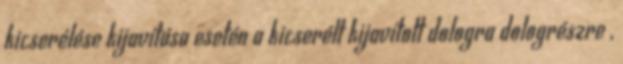
kicserélése kijavítása esetén a kicserélt kijavított dologra dologrészre ,